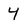
Character: Y